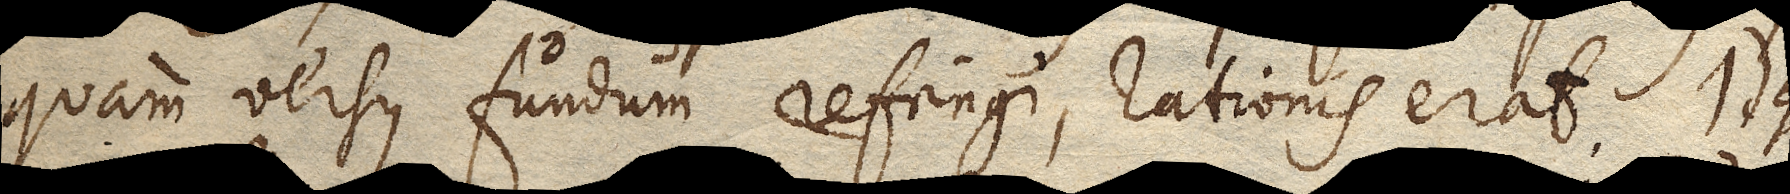
quam versus fundum refringi, rationis erat. Idque